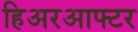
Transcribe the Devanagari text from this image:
हिअरआफ्टर